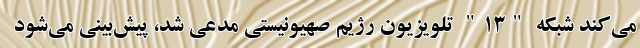
می‌کند شبکه "۱۳" تلویزیون رژیم صهیونیستی مدعی شد، پیش‌بینی می‌شود